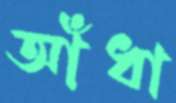
আঁধা